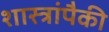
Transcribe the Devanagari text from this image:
शास्त्रांपैकी